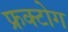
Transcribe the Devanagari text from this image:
फ्रक्टोग